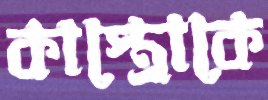
কাস্ত্রোকে